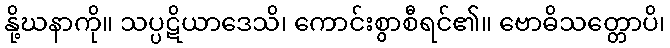
နို့ဃနာကို။ သပ္ပဋိယာဒေသိ၊ ကောင်းစွာစီရင်၏။ ဗောဓိသတ္တောပိ၊